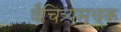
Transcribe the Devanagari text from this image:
वैचित्र्यसूचक